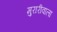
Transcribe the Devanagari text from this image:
मुरारीवाला